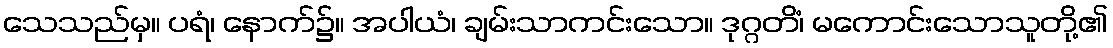
သေသည်မှ။ ပရံ၊ နောက်၌။ အပါယံ၊ ချမ်းသာကင်းသော။ ဒုဂ္ဂတိံ၊ မကောင်းသောသူတို့၏